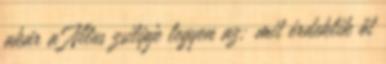
akár a Nilus zsilipje legyen az; mit érdeklik őt